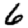
Digit: 6